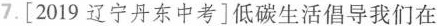
7.[2019辽宁丹东中考]低碳生活倡导我们在